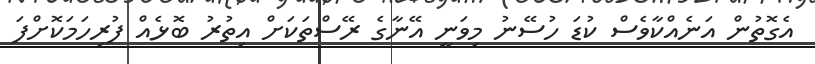
އެގޮތުން އަނެއްކާވެސް ކުޑަ ހުސޭނު މިވަނީ އޭނާގެ ރޭސްތަކަށް އިތުރު ބޮޅެއް ފުރިހަމަކޮށްފަ